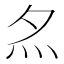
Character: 𡖋